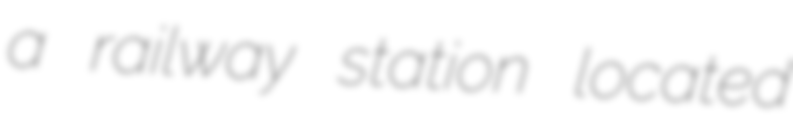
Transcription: a railway station located